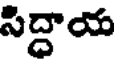
సిద్ధాయ